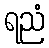
ရညံ